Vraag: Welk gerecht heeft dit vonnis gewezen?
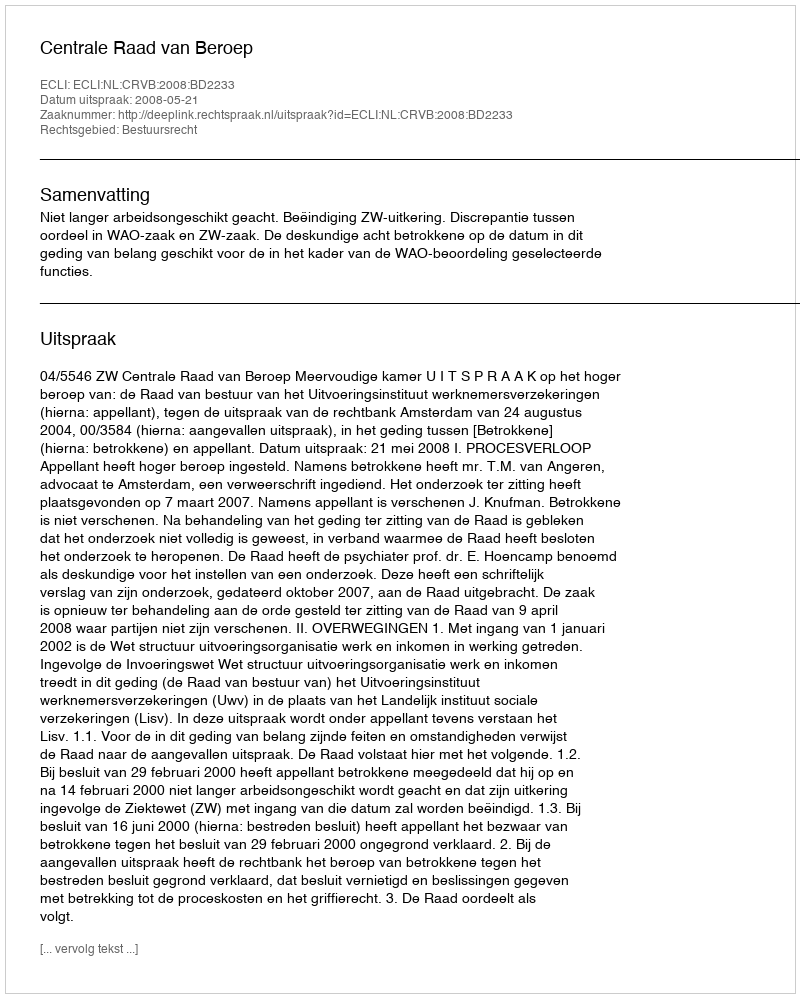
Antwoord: Centrale Raad van Beroep